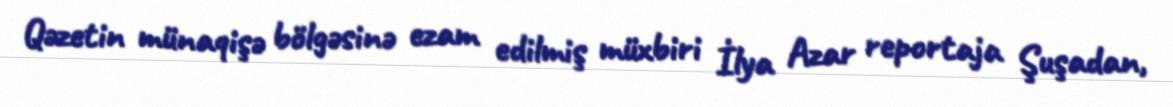
Qəzetin münaqişə bölgəsinə ezam edilmiş müxbiri İlya Azar reportaja Şuşadan,